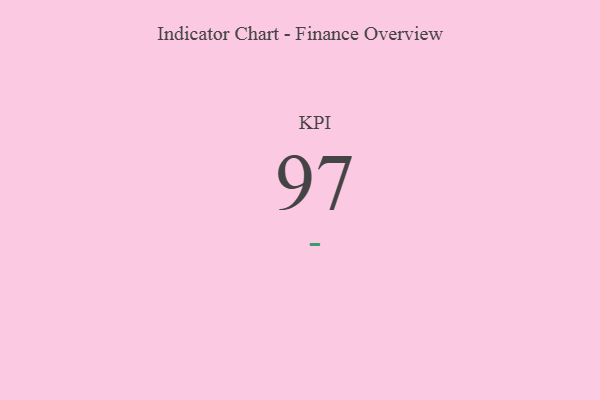
{"axis": {"x": "KPI", "y": "Value"}, "legend": [""], "data": [{"x": "KPI", "y": 97, "type": ""}]}